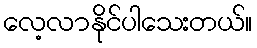
လေ့လာနိုင်ပါသေးတယ်။